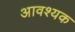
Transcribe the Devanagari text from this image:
अावश्यक